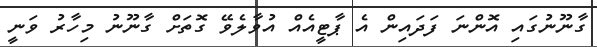
ގާނޫނުގައި އޮންނަ ފަދައިން އެ ޕާޓީއެއް އުވާލެވޭ ގޮތަށް ގާނޫނު މިހާރު ވަނީ